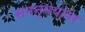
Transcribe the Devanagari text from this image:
समन्वयावर